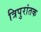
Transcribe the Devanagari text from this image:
त्रिपुरांतक